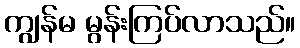
ကျွန်မ မွန်းကြပ်လာသည်။